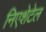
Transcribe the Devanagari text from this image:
निएशेटेल